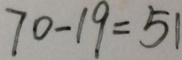
7 0 - 1 9 = 5 1